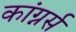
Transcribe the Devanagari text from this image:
कांग्नर्स